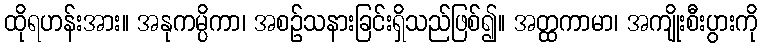
ထိုရဟန်းအား။ အနုကမ္ပိကာ၊ အစဉ်သနားခြင်းရှိသည်ဖြစ်၍။ အတ္ထကာမာ၊ အကျိုးစီးပွားကို